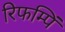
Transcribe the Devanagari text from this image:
रिफम्पिं